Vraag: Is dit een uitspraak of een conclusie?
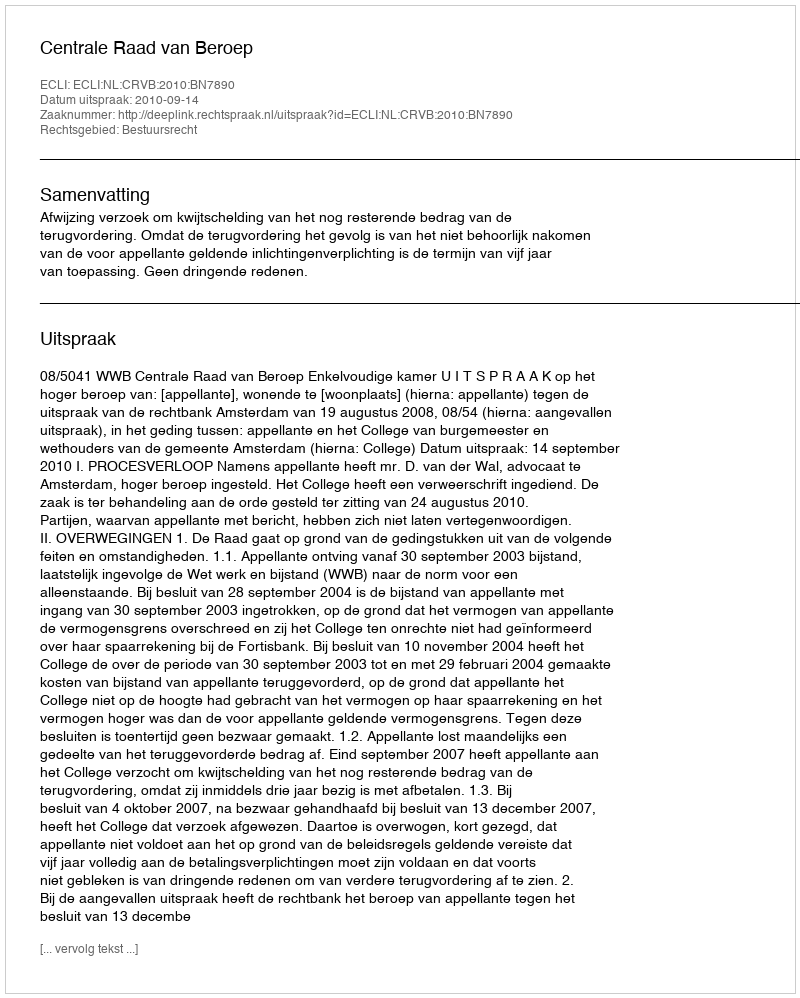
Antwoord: Uitspraak